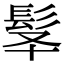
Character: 𩬋